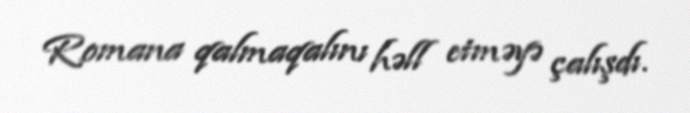
Romana qalmaqalını həll etməyə çalışdı.